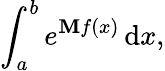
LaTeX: \int_{a}^{b}e^{\mathbf{M}f(x)}\, \mathrm{d}x,